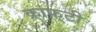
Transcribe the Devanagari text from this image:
क्राफ़्टी